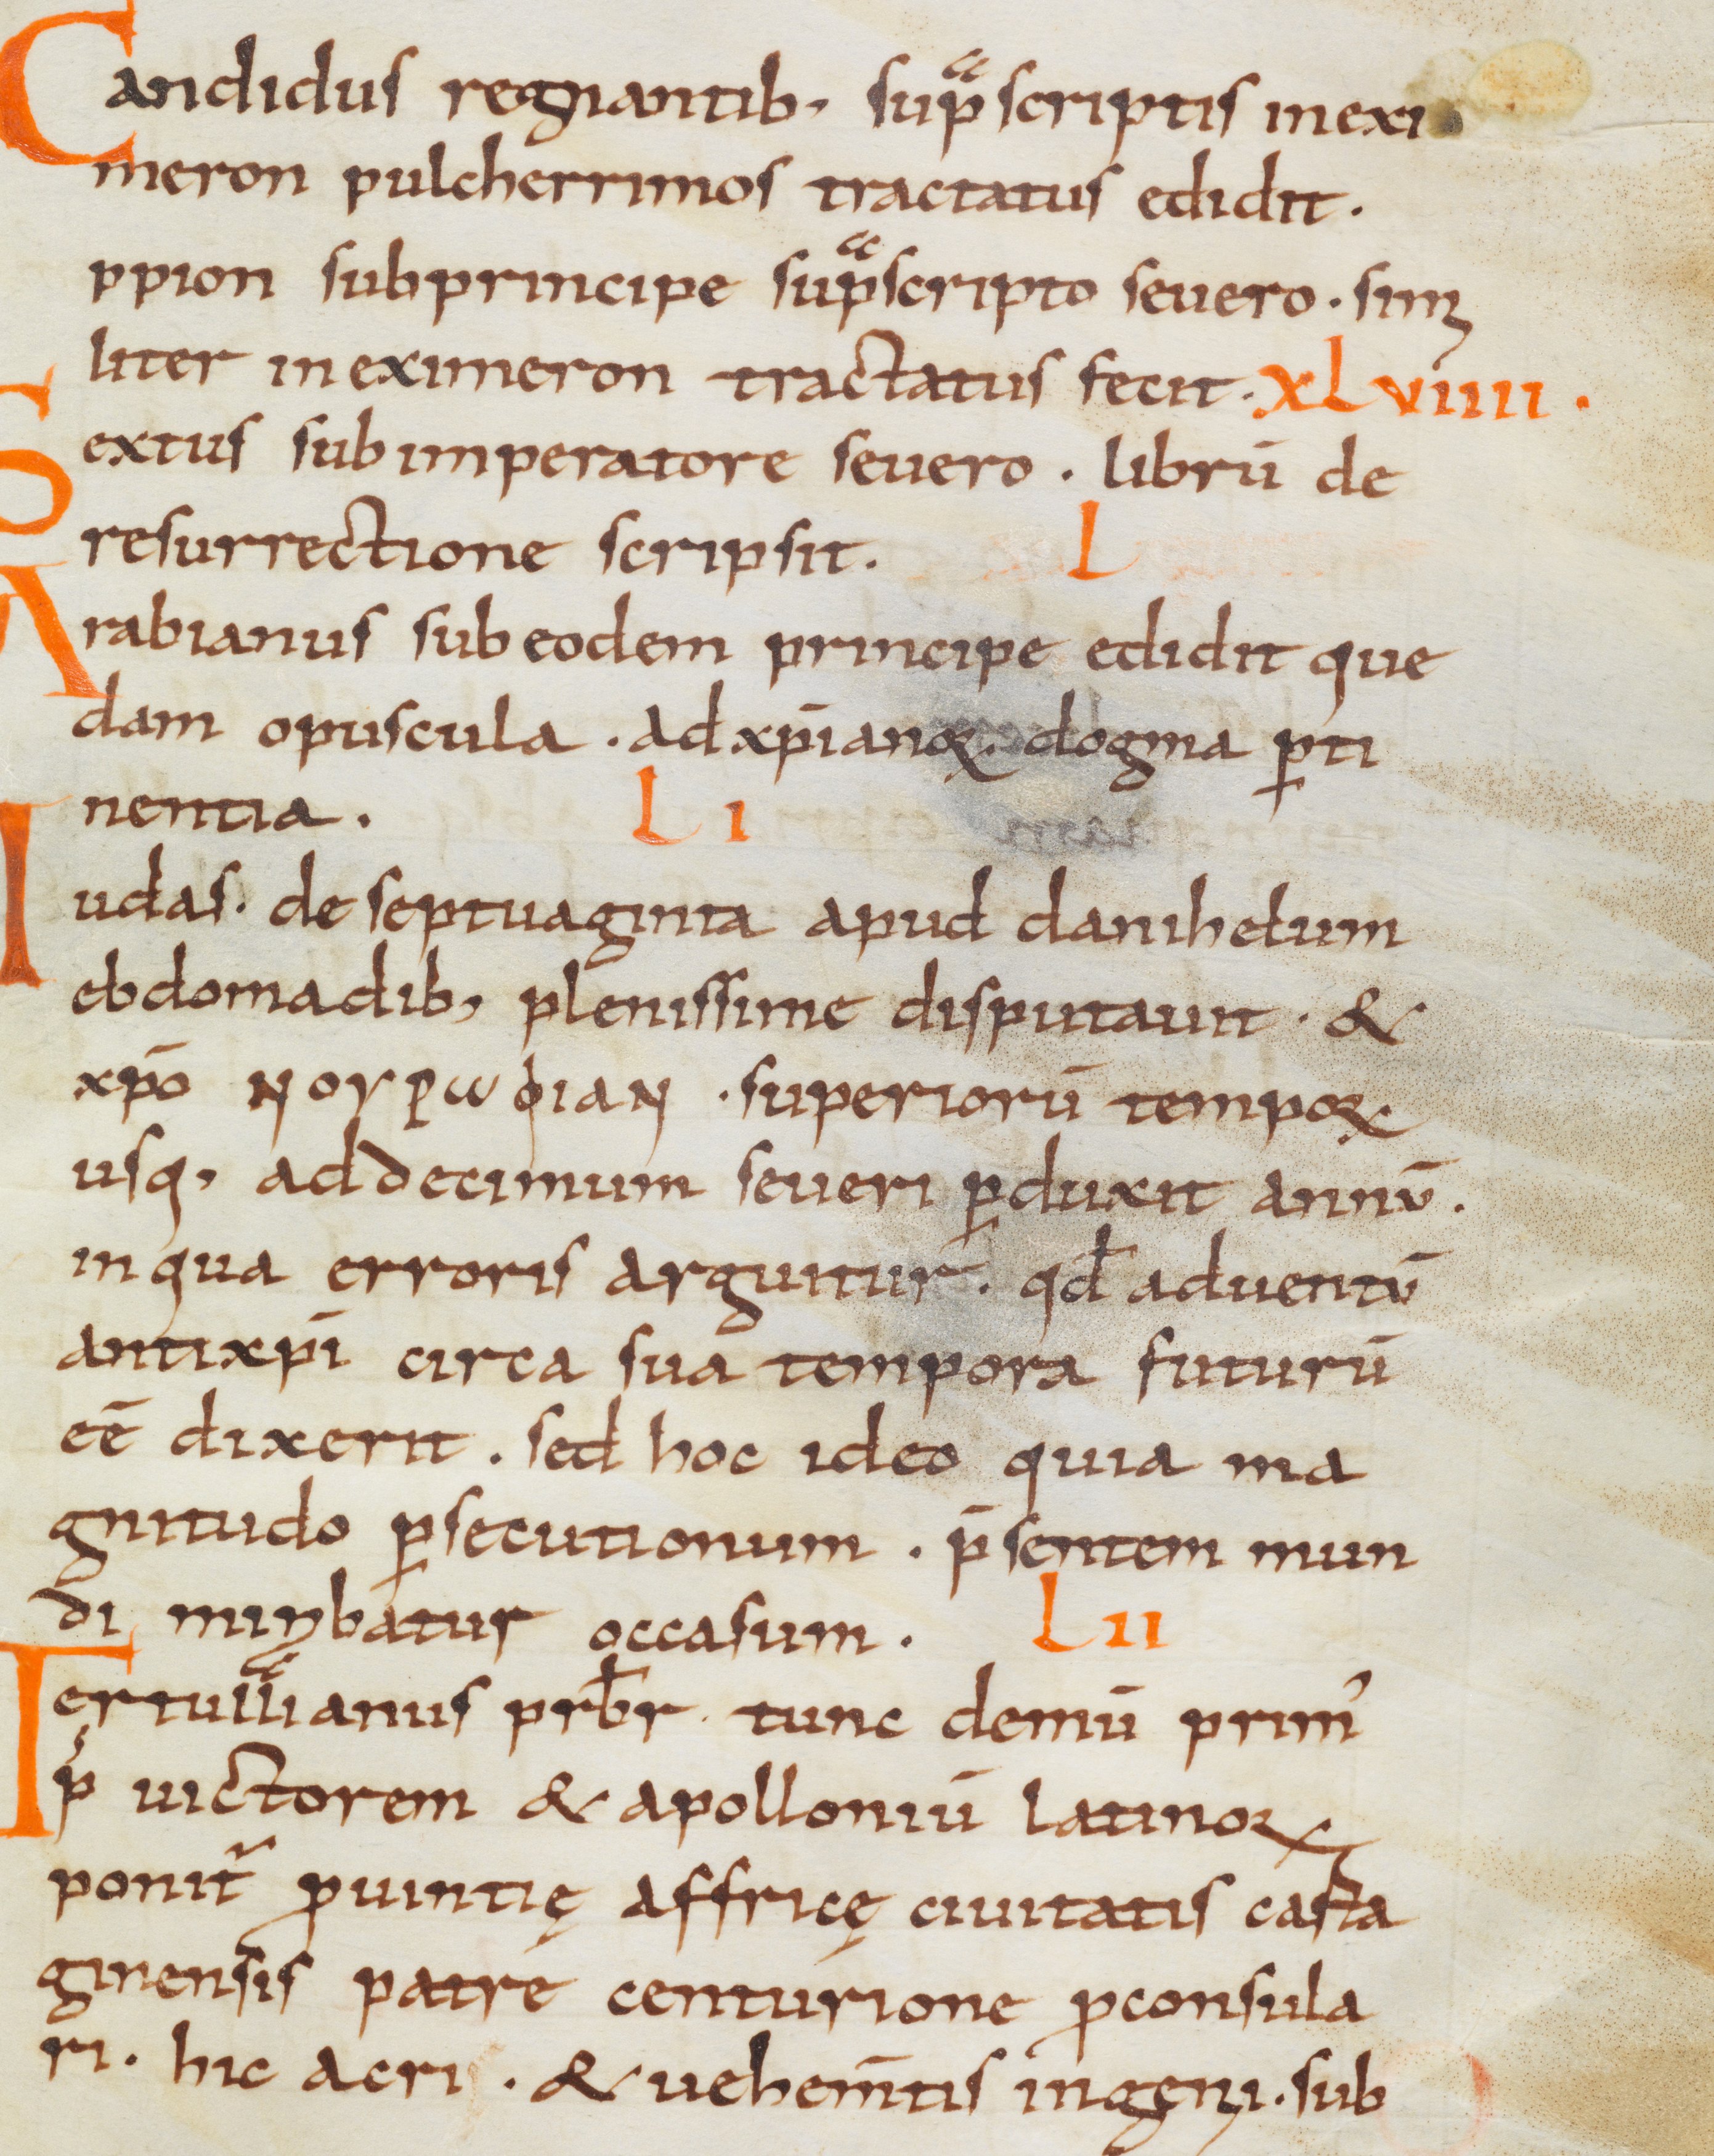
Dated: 900–1099